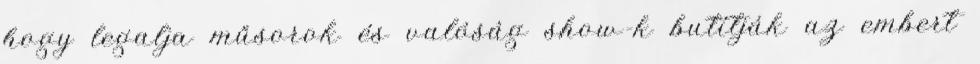
hogy legalja műsorok és valóság show-k butítják az embert